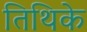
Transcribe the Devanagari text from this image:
तिथिके